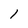
Character: 1